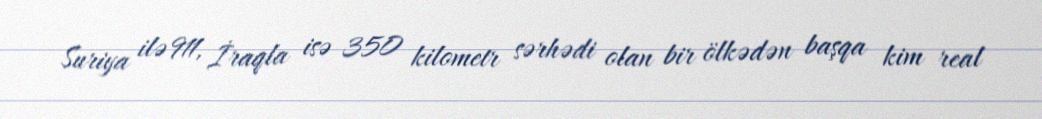
Suriya ilə 911, İraqla isə 350 kilometr sərhədi olan bir ölkədən başqa kim real